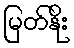
မြတ်နိုး